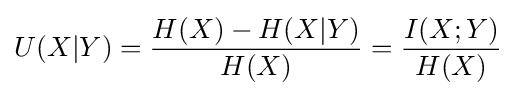
U(X|Y)={\frac {H(X)-H(X|Y)}{H(X)}}={\frac {I(X;Y)}{H(X)}}